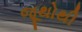
જૂથોથી